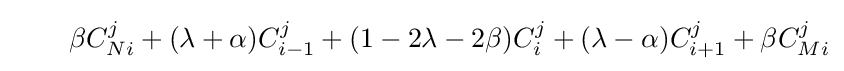
\qquad \beta C_{Ni}^{j}+(\lambda +\alpha )C_{i-1}^{j}+(1-2\lambda -2\beta )C_{i}^{j}+(\lambda -\alpha )C_{i+1}^{j}+\beta C_{Mi}^{j}